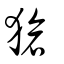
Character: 獊